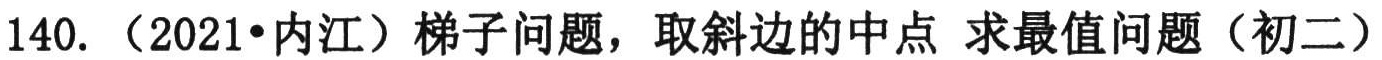
140.（2021•内江）梯子问题，取斜边的中点 求最值问题（初二）